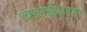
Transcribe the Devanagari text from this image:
चढाईबाहद्दर